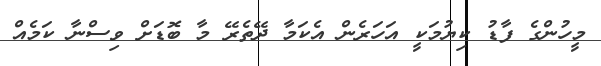
މީހުންގެ ފާޑު ކިޔުމަކީ އަހަރެން އެކަމާ ދޭތެރޭ މާ ބޮޑަށް ވިސްނާ ކަމެއް